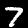
Label: 7